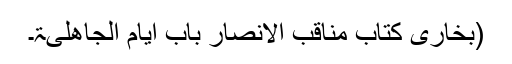
(بخاری کتاب مناقب الانصار باب ایام الجاھلیۃ۔